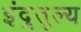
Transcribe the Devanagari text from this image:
इंद्र्तुल्य